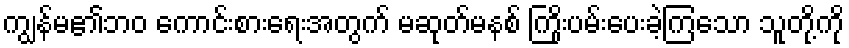
ကျွန်မ၏ဘဝ ကောင်းစားရေးအတွက် မဆုတ်မနစ် ကြိုးပမ်းပေးခဲ့ကြသော သူတို့ကို